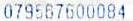
079567600084